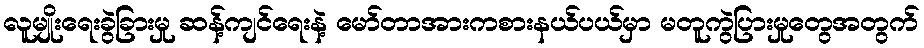
လူမျိုးရေးခွဲခြားမှု ဆန့်ကျင်ရေးနဲ့ မော်တာအားကစားနယ်ပယ်မှာ မတူကွဲပြားမှုတွေအတွက်